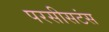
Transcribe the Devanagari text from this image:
परसीसटंस